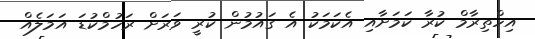
އިހްތިރާމް ކުރާ ކަމަށާއި އެކަމަކު އެ ގައުމުން ކުރީ ވަރަށް ރަހުމްކުޑަ އަމަލެއް